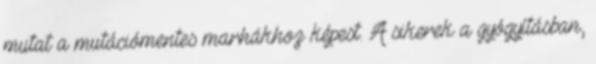
mutat a mutációmentes marhákhoz képest. A sikerek a gyógyításban,